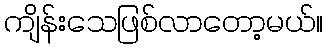
ကျိန်းသေဖြစ်လာတော့မယ်။